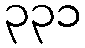
၃၃၁